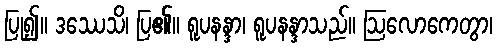
ပြု၍။ ဒဿေသိ၊ ပြ၏။ ရူပနန္ဒာ၊ ရူပနန္ဒာသည်။ ဩလောကေတွာ၊